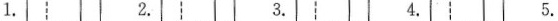
1. 2. 3. 4. 5.